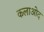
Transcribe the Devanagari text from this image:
कलाओद